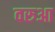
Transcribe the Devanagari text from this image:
वरुआ